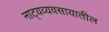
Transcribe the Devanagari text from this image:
नाट्यव्यवसायातील